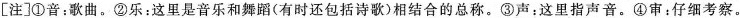
[注]①音：歌曲。②乐：这里是音乐和舞蹈(有时还包括诗歌)相结合的总称。③声：这里指声音。④审：仔细考察。